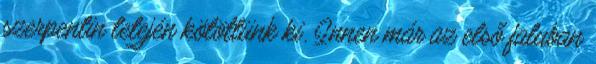
szerpentin tetején kötöttünk ki. Innen már az első faluban